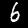
Digit: 6